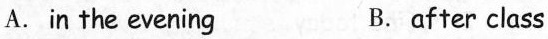
A. in the evening B.after class